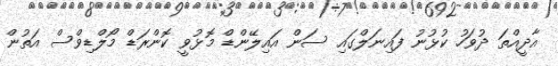
އާދީއްތަ ދުވަހު ކުޅުނު ފައިނަލްގައި ސަން އައިލޭންޑް މޮޅުވީ ކޮންރަޑް މޯލްޑިވްސް އަތުން